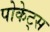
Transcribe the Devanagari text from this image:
पोकेट्स